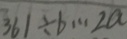
3 6 1 \div b \cdots 2 a